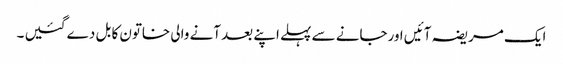
ایک مریضہ آئیں اورجانے سے پہلے اپنے بعد آنے والی خاتون کا بل دے گئیں ۔